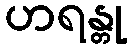
ဟရန္တု